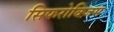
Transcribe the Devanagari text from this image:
सिफरोक्ज़िम